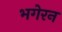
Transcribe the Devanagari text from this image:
भगेरन